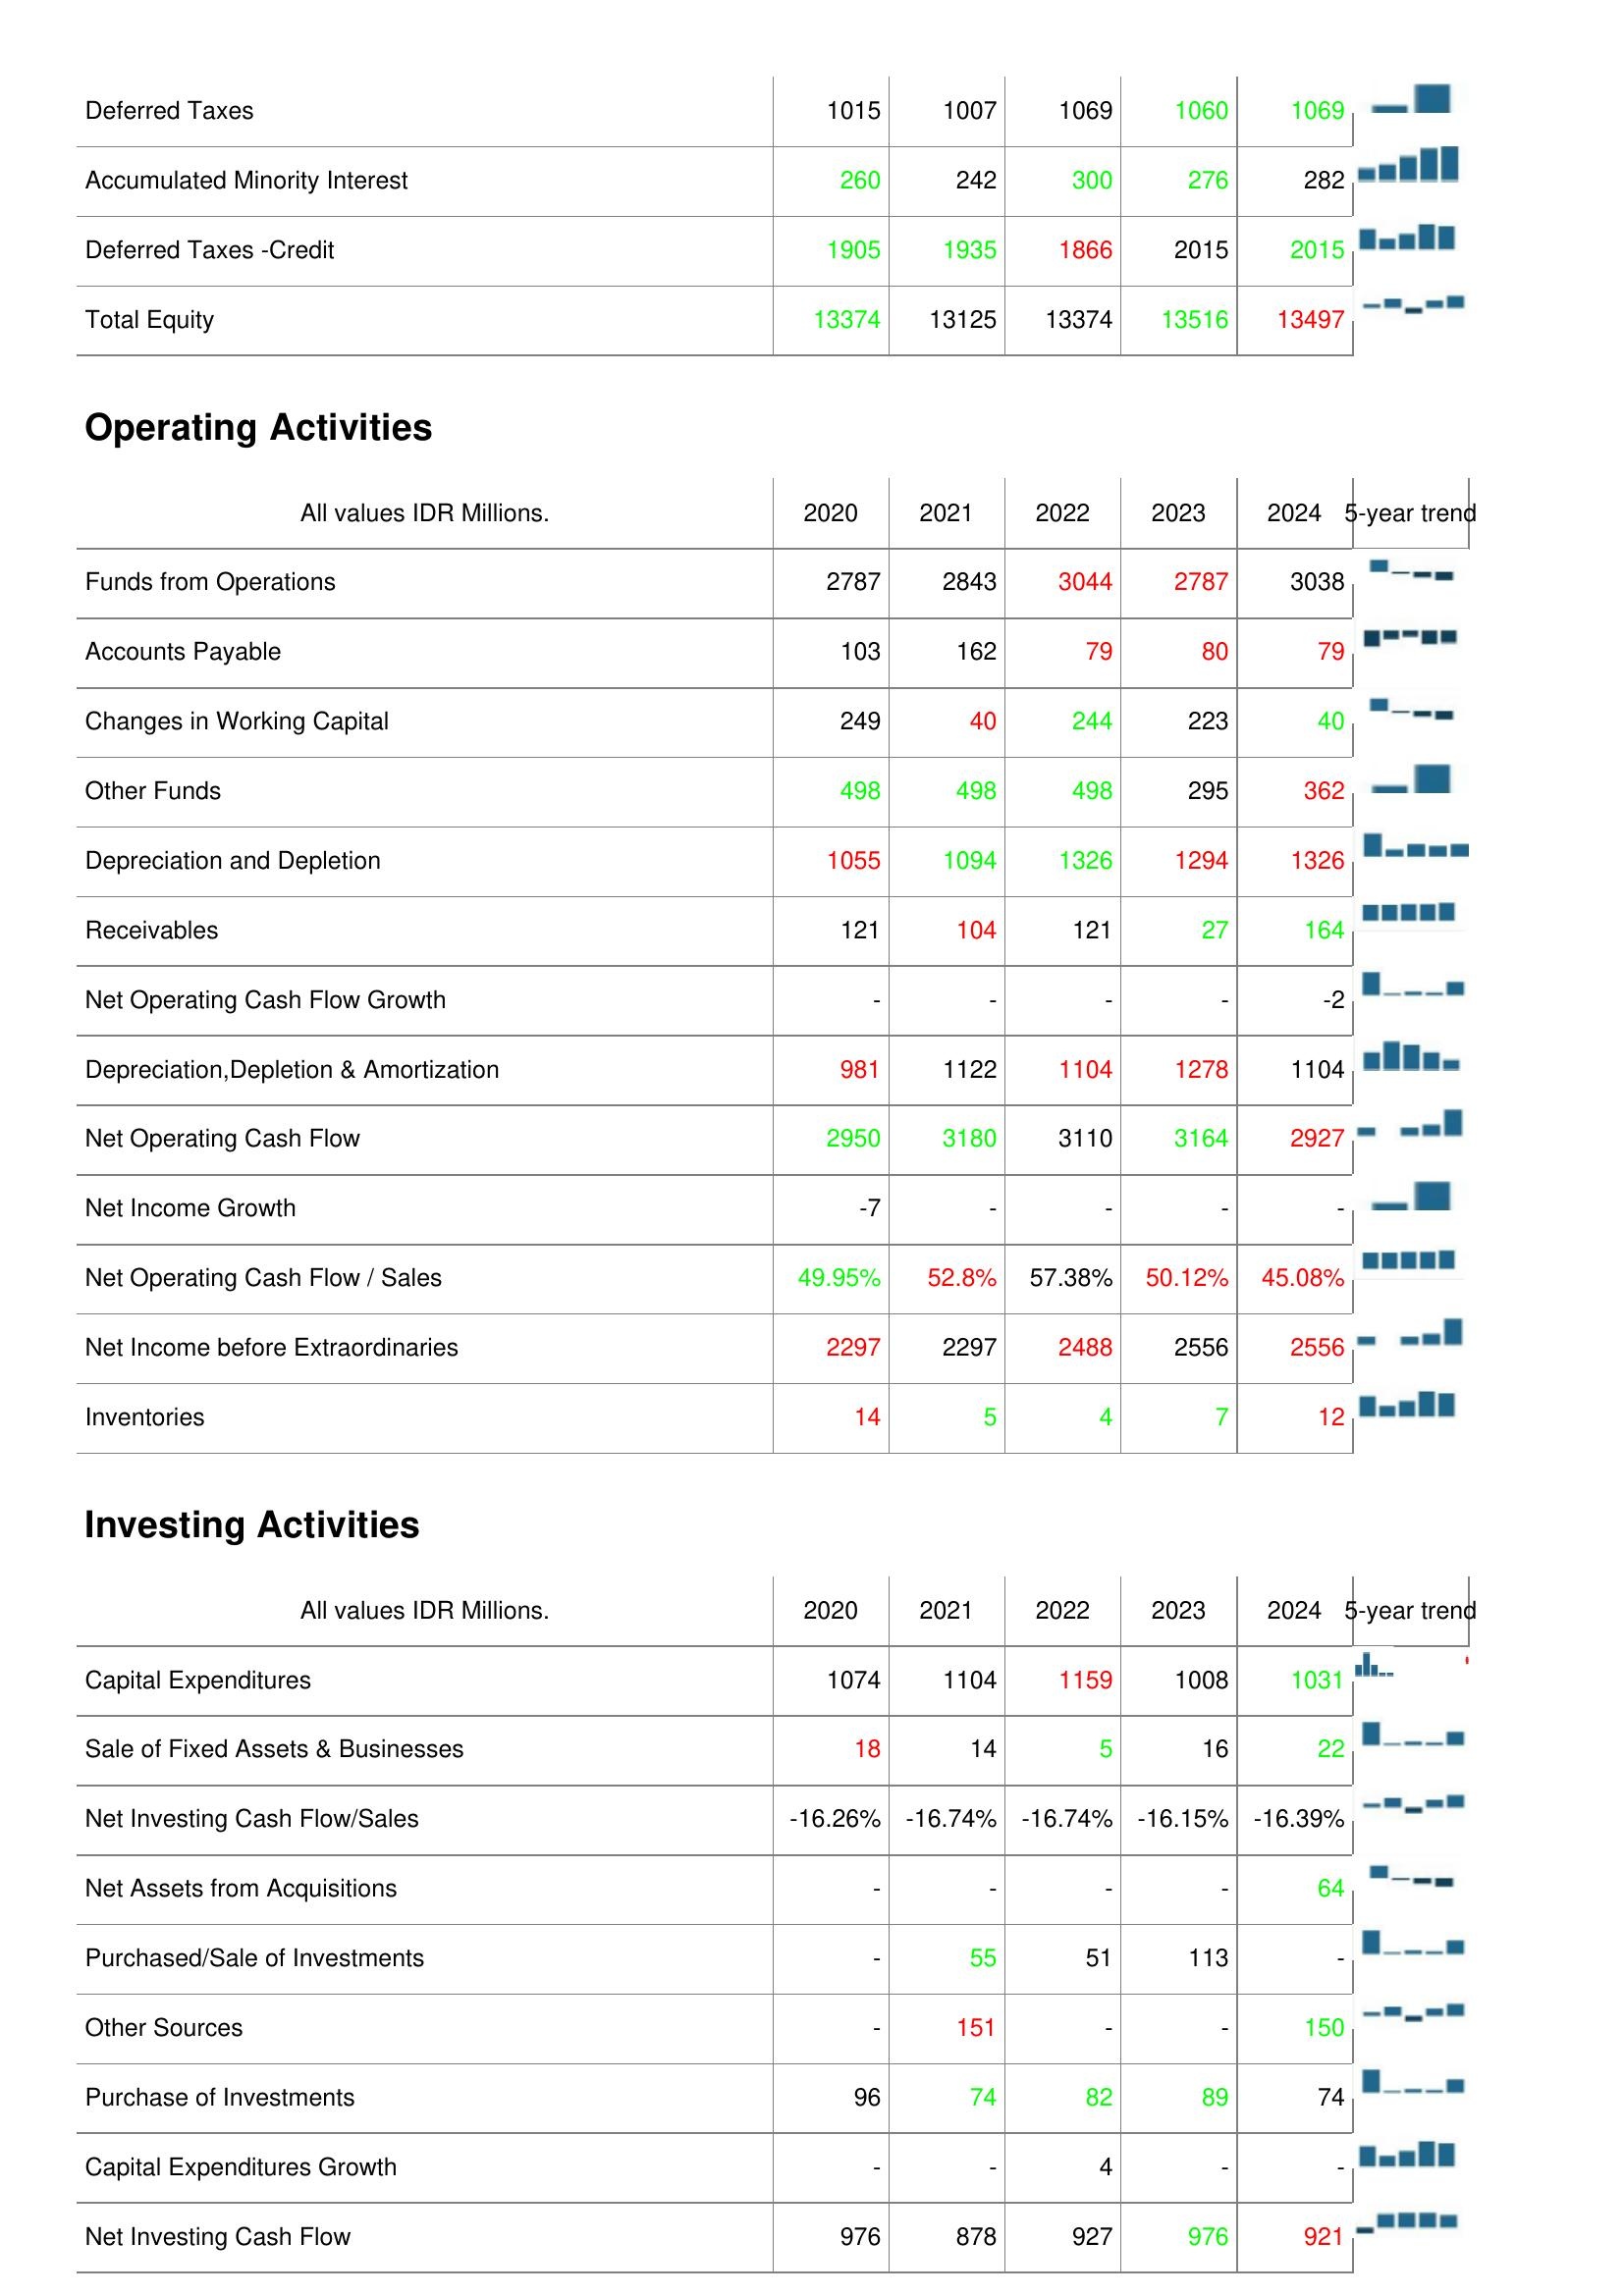
2020: Liabilities & Shareholder's Equity: Deferred Taxes: 1015
Accumulated Minority Interest: 260
Deferred Taxes -Credit: 1905
Total Equity: 13374
Operating Activities: Funds from Operations: 2787
Accounts Payable: 103
Changes in Working Capital: 249
Other Funds: 498
Depreciation and Depletion: 1055
Receivables: 121
Net Operating Cash Flow Growth: -
Depreciation,Depletion & Amortization: 981
Net Operating Cash Flow: 2950
Net Income Growth: -7
Net Operating Cash Flow / Sales: 49.95%
Net Income before Extraordinaries: 2297
Inventories: 14
Investing Activities: Capital Expenditures: 1074
Sale of Fixed Assets & Businesses: 18
Net Investing Cash Flow/Sales: -16.26%
Net Assets from Acquisitions: -
Purchased/Sale of Investments: -
Other Sources: -
Purchase of Investments: 96
Capital Expenditures Growth: -
Net Investing Cash Flow: 976
2021: Liabilities & Shareholder's Equity: Deferred Taxes: 1007
Accumulated Minority Interest: 242
Deferred Taxes -Credit: 1935
Total Equity: 13125
Operating Activities: Funds from Operations: 2843
Accounts Payable: 162
Changes in Working Capital: 40
Other Funds: 498
Depreciation and Depletion: 1094
Receivables: 104
Net Operating Cash Flow Growth: -
Depreciation,Depletion & Amortization: 1122
Net Operating Cash Flow: 3180
Net Income Growth: -
Net Operating Cash Flow / Sales: 52.8%
Net Income before Extraordinaries: 2297
Inventories: 5
Investing Activities: Capital Expenditures: 1104
Sale of Fixed Assets & Businesses: 14
Net Investing Cash Flow/Sales: -16.74%
Net Assets from Acquisitions: -
Purchased/Sale of Investments: 55
Other Sources: 151
Purchase of Investments: 74
Capital Expenditures Growth: -
Net Investing Cash Flow: 878
2022: Liabilities & Shareholder's Equity: Deferred Taxes: 1069
Accumulated Minority Interest: 300
Deferred Taxes -Credit: 1866
Total Equity: 13374
Operating Activities: Funds from Operations: 3044
Accounts Payable: 79
Changes in Working Capital: 244
Other Funds: 498
Depreciation and Depletion: 1326
Receivables: 121
Net Operating Cash Flow Growth: -
Depreciation,Depletion & Amortization: 1104
Net Operating Cash Flow: 3110
Net Income Growth: -
Net Operating Cash Flow / Sales: 57.38%
Net Income before Extraordinaries: 2488
Inventories: 4
Investing Activities: Capital Expenditures: 1159
Sale of Fixed Assets & Businesses: 5
Net Investing Cash Flow/Sales: -16.74%
Net Assets from Acquisitions: -
Purchased/Sale of Investments: 51
Other Sources: -
Purchase of Investments: 82
Capital Expenditures Growth: 4
Net Investing Cash Flow: 927
2023: Liabilities & Shareholder's Equity: Deferred Taxes: 1060
Accumulated Minority Interest: 276
Deferred Taxes -Credit: 2015
Total Equity: 13516
Operating Activities: Funds from Operations: 2787
Accounts Payable: 80
Changes in Working Capital: 223
Other Funds: 295
Depreciation and Depletion: 1294
Receivables: 27
Net Operating Cash Flow Growth: -
Depreciation,Depletion & Amortization: 1278
Net Operating Cash Flow: 3164
Net Income Growth: -
Net Operating Cash Flow / Sales: 50.12%
Net Income before Extraordinaries: 2556
Inventories: 7
Investing Activities: Capital Expenditures: 1008
Sale of Fixed Assets & Businesses: 16
Net Investing Cash Flow/Sales: -16.15%
Net Assets from Acquisitions: -
Purchased/Sale of Investments: 113
Other Sources: -
Purchase of Investments: 89
Capital Expenditures Growth: -
Net Investing Cash Flow: 976
2024: Liabilities & Shareholder's Equity: Deferred Taxes: 1069
Accumulated Minority Interest: 282
Deferred Taxes -Credit: 2015
Total Equity: 13497
Operating Activities: Funds from Operations: 3038
Accounts Payable: 79
Changes in Working Capital: 40
Other Funds: 362
Depreciation and Depletion: 1326
Receivables: 164
Net Operating Cash Flow Growth: -2
Depreciation,Depletion & Amortization: 1104
Net Operating Cash Flow: 2927
Net Income Growth: -
Net Operating Cash Flow / Sales: 45.08%
Net Income before Extraordinaries: 2556
Inventories: 12
Investing Activities: Capital Expenditures: 1031
Sale of Fixed Assets & Businesses: 22
Net Investing Cash Flow/Sales: -16.39%
Net Assets from Acquisitions: 64
Purchased/Sale of Investments: -
Other Sources: 150
Purchase of Investments: 74
Capital Expenditures Growth: -
Net Investing Cash Flow: 921